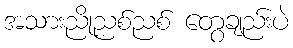
အသားညိုညစ်ညစ် တွေချည်းပဲ